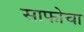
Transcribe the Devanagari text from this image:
साफोचा